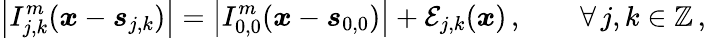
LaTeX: \left\vert I_{j,k}^{m}(\boldsymbol{x}-\boldsymbol{s}_{j,k})\right\vert=\left\vert I_{0,0}^{m}(\boldsymbol{x}-\boldsymbol{s}_{0,0})\right\vert+\mathcal{E}_{j,k}(\boldsymbol{x})\, ,\qquad\forall\, j,k\in\mathbb{Z}\, ,